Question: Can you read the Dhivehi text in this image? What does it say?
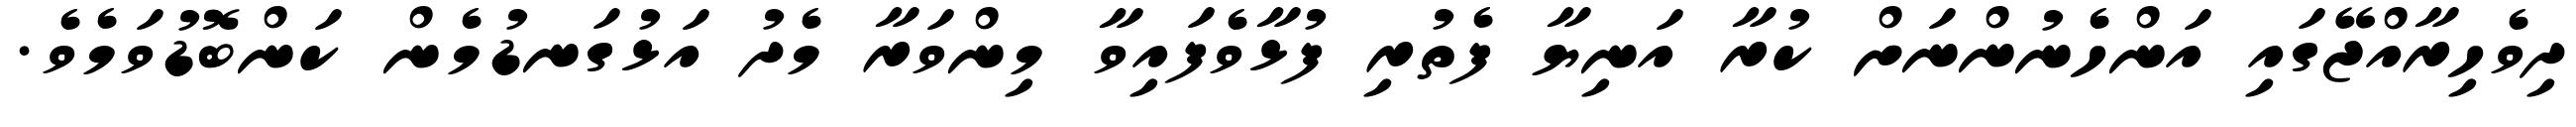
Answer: ދިވެހިރާއްޖޭގައި އަންހެނުންނަށް ކުރާ އަނިޔާ ފެތުރި ފުޅާވެފައިވާ މިންވަރާ މެދު އަޅުގަނޑުމެން ކަންބޮޑުވަމެވެ.